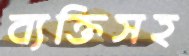
ব্যক্তিসহ